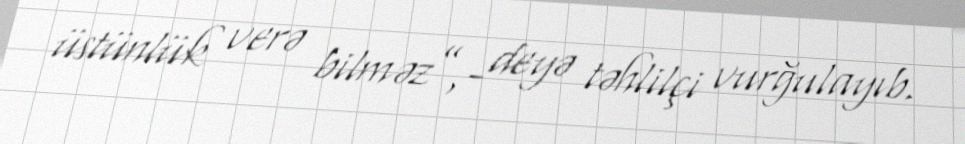
üstünlük verə bilməz”,- deyə təhlilçi vurğulayıb.